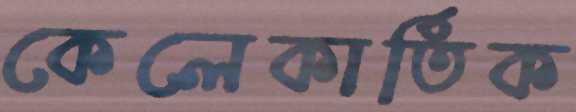
কেলেকার্তিক